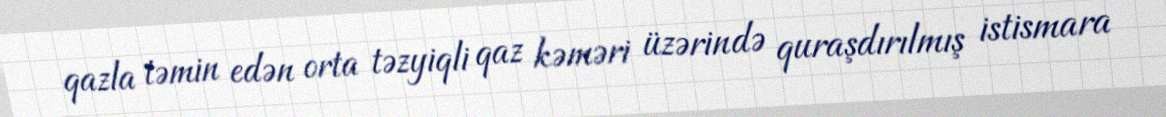
qazla təmin edən orta təzyiqli qaz kəməri üzərində quraşdırılmış istismara